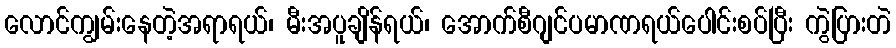
လောင်ကျွမ်းနေတဲ့အရာရယ်၊ မီးအပူချိန်ရယ်၊ အောက်စီဂျင်ပမာဏရယ်ပေါင်းစပ်ပြီး ကွဲပြားတဲ